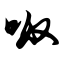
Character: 呶